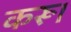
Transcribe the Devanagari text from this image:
करू।